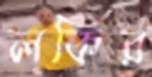
লকির